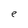
Character: e